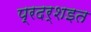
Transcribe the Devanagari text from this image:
प्रदर्शइत